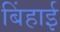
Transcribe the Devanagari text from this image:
बिंहाई